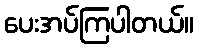
ပေးအပ်ကြပါတယ်။